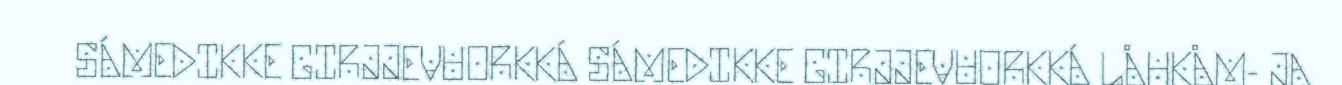
SÁMEDIKKE GIRJJEVUORKKÁ SÁMEDIKKE GIRJJEVUORKKÁ LÅHKÅM- JA